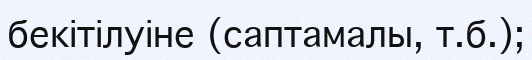
бекітілуіне (саптамалы, т.б.);